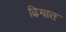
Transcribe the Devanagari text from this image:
ढिगात